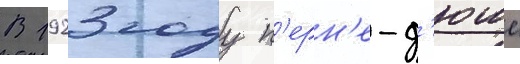
В 1923 году п'ерн'е-д'юше